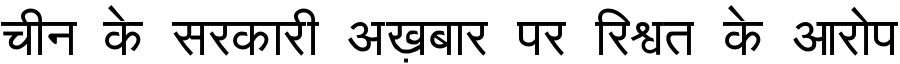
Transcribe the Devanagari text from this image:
चीन के सरकारी अख़बार पर रिश्वत के आरोप